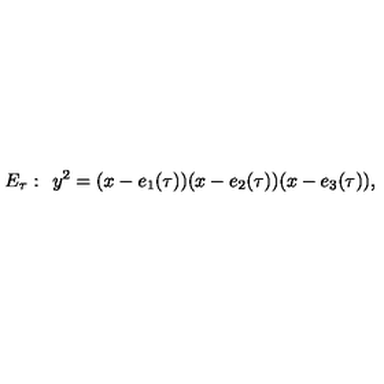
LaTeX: E _ { \tau } : \: \: y ^ { 2 } = ( x - e _ { 1 } ( \tau ) ) ( x - e _ { 2 } ( \tau ) ) ( x - e _ { 3 } ( \tau ) ) ,